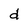
Character: d